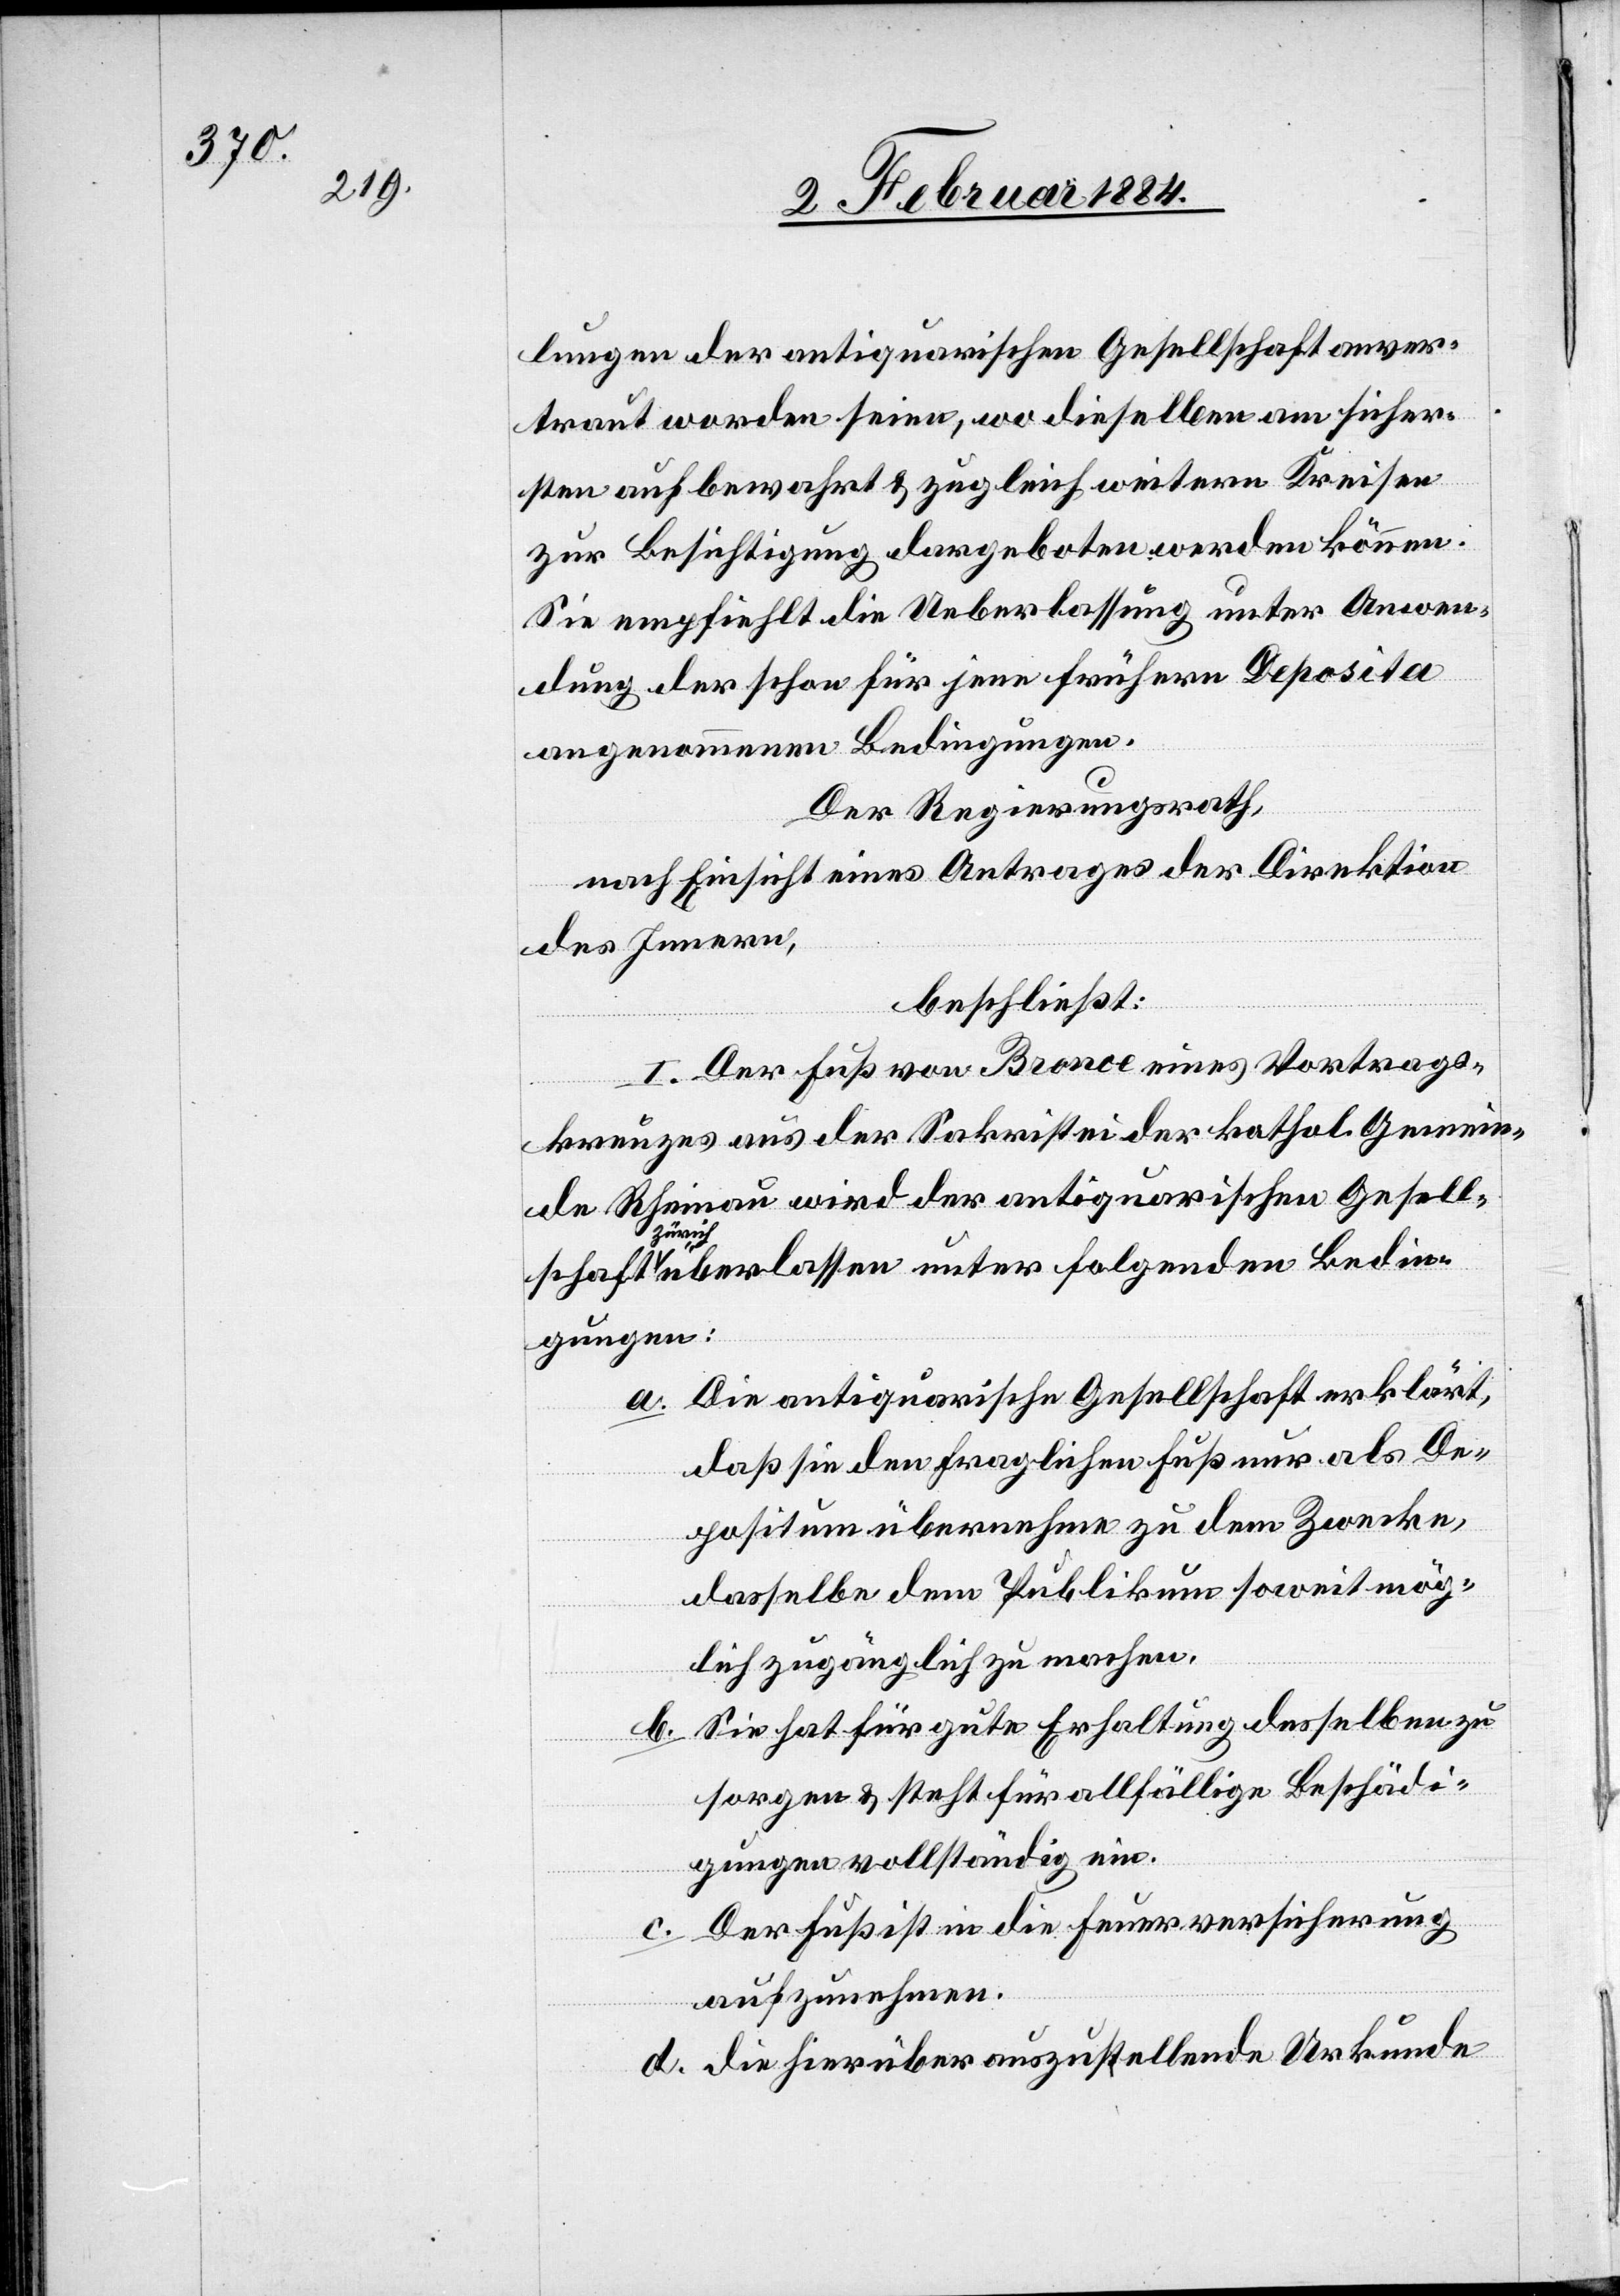
lungen der antiquarischen Gesellschaft anver¬
traut worden seien, wo dieselben am sicher¬
sten aufbewahrt & zugleich weitern Kreisen
zur Besichtigung dargeboten werden können.
Sie empfiehlt die Ueberlassung unter Anwen¬
dung der schon für jene frühern Deposita
angenommenen Bedingungen.
Der Regierungsrath,
nach Einsicht eines Antrages der Direktion
des Innern,
beschließt:
I. Der Fuß von Bronce eines Vortrags¬
kreuzes aus der Sakristei der kathol. Gemein¬
de Rheinau wird der antiquarischen Gesell¬
Züri¬
ch überlassen unter folgenden Bedin¬
gungen:
a. Die antiquarische Gesellschaft erklärt,
daß sie den fraglichen Fuß nur als De¬
positum übernehme zu dem Zwecke,
dasselbe dem Publikum soweit mög¬
lich zugänglich zu machen.
b. Sie hat für gute Erhaltung desselben zu
sorgen & steht für allfällige Beschädi¬
gung vollständig ein.
c. Der Fuß ist in die Feuerversicherung
aufzunehmen.
d. Die hierüber auszustellende Urkunde